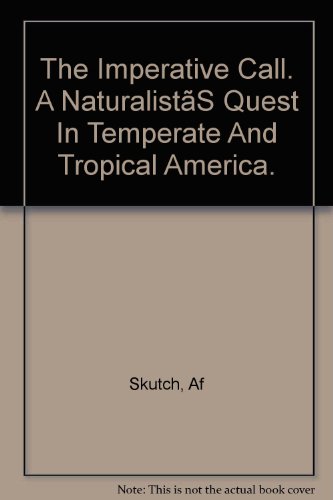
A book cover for The Imperative Call (First Edition): A Naturalists Quest in Temperate and Tropical America (Cental America | Nicaragua | Costa Rica | Panama | Honduras | Elsalvador | Travel | Exploration | Onithology); Alexander F. Skutch; Travel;